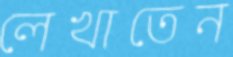
লেখাতেন